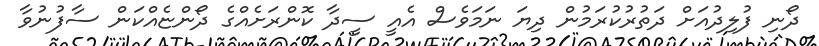
ދޯނި ފުލިދުއަށް ދަތުރުކުރަމުން ދިޔަ ނަމަވެސް އެއީ ސީދާ ކޮންރަށެއްގެ ދޯންޏެއްކަން ސާފުނުވާ